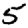
Digit: 5